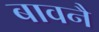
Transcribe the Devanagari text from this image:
बावनै